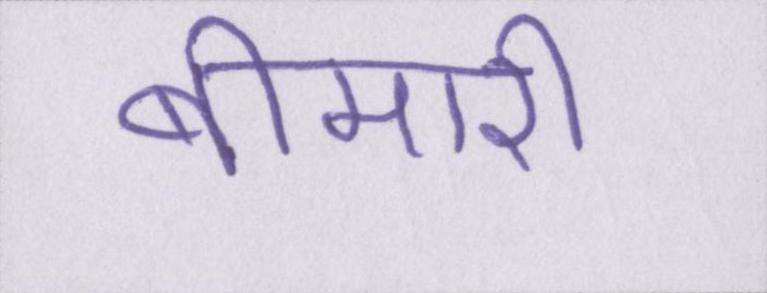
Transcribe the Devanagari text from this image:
बीमारी